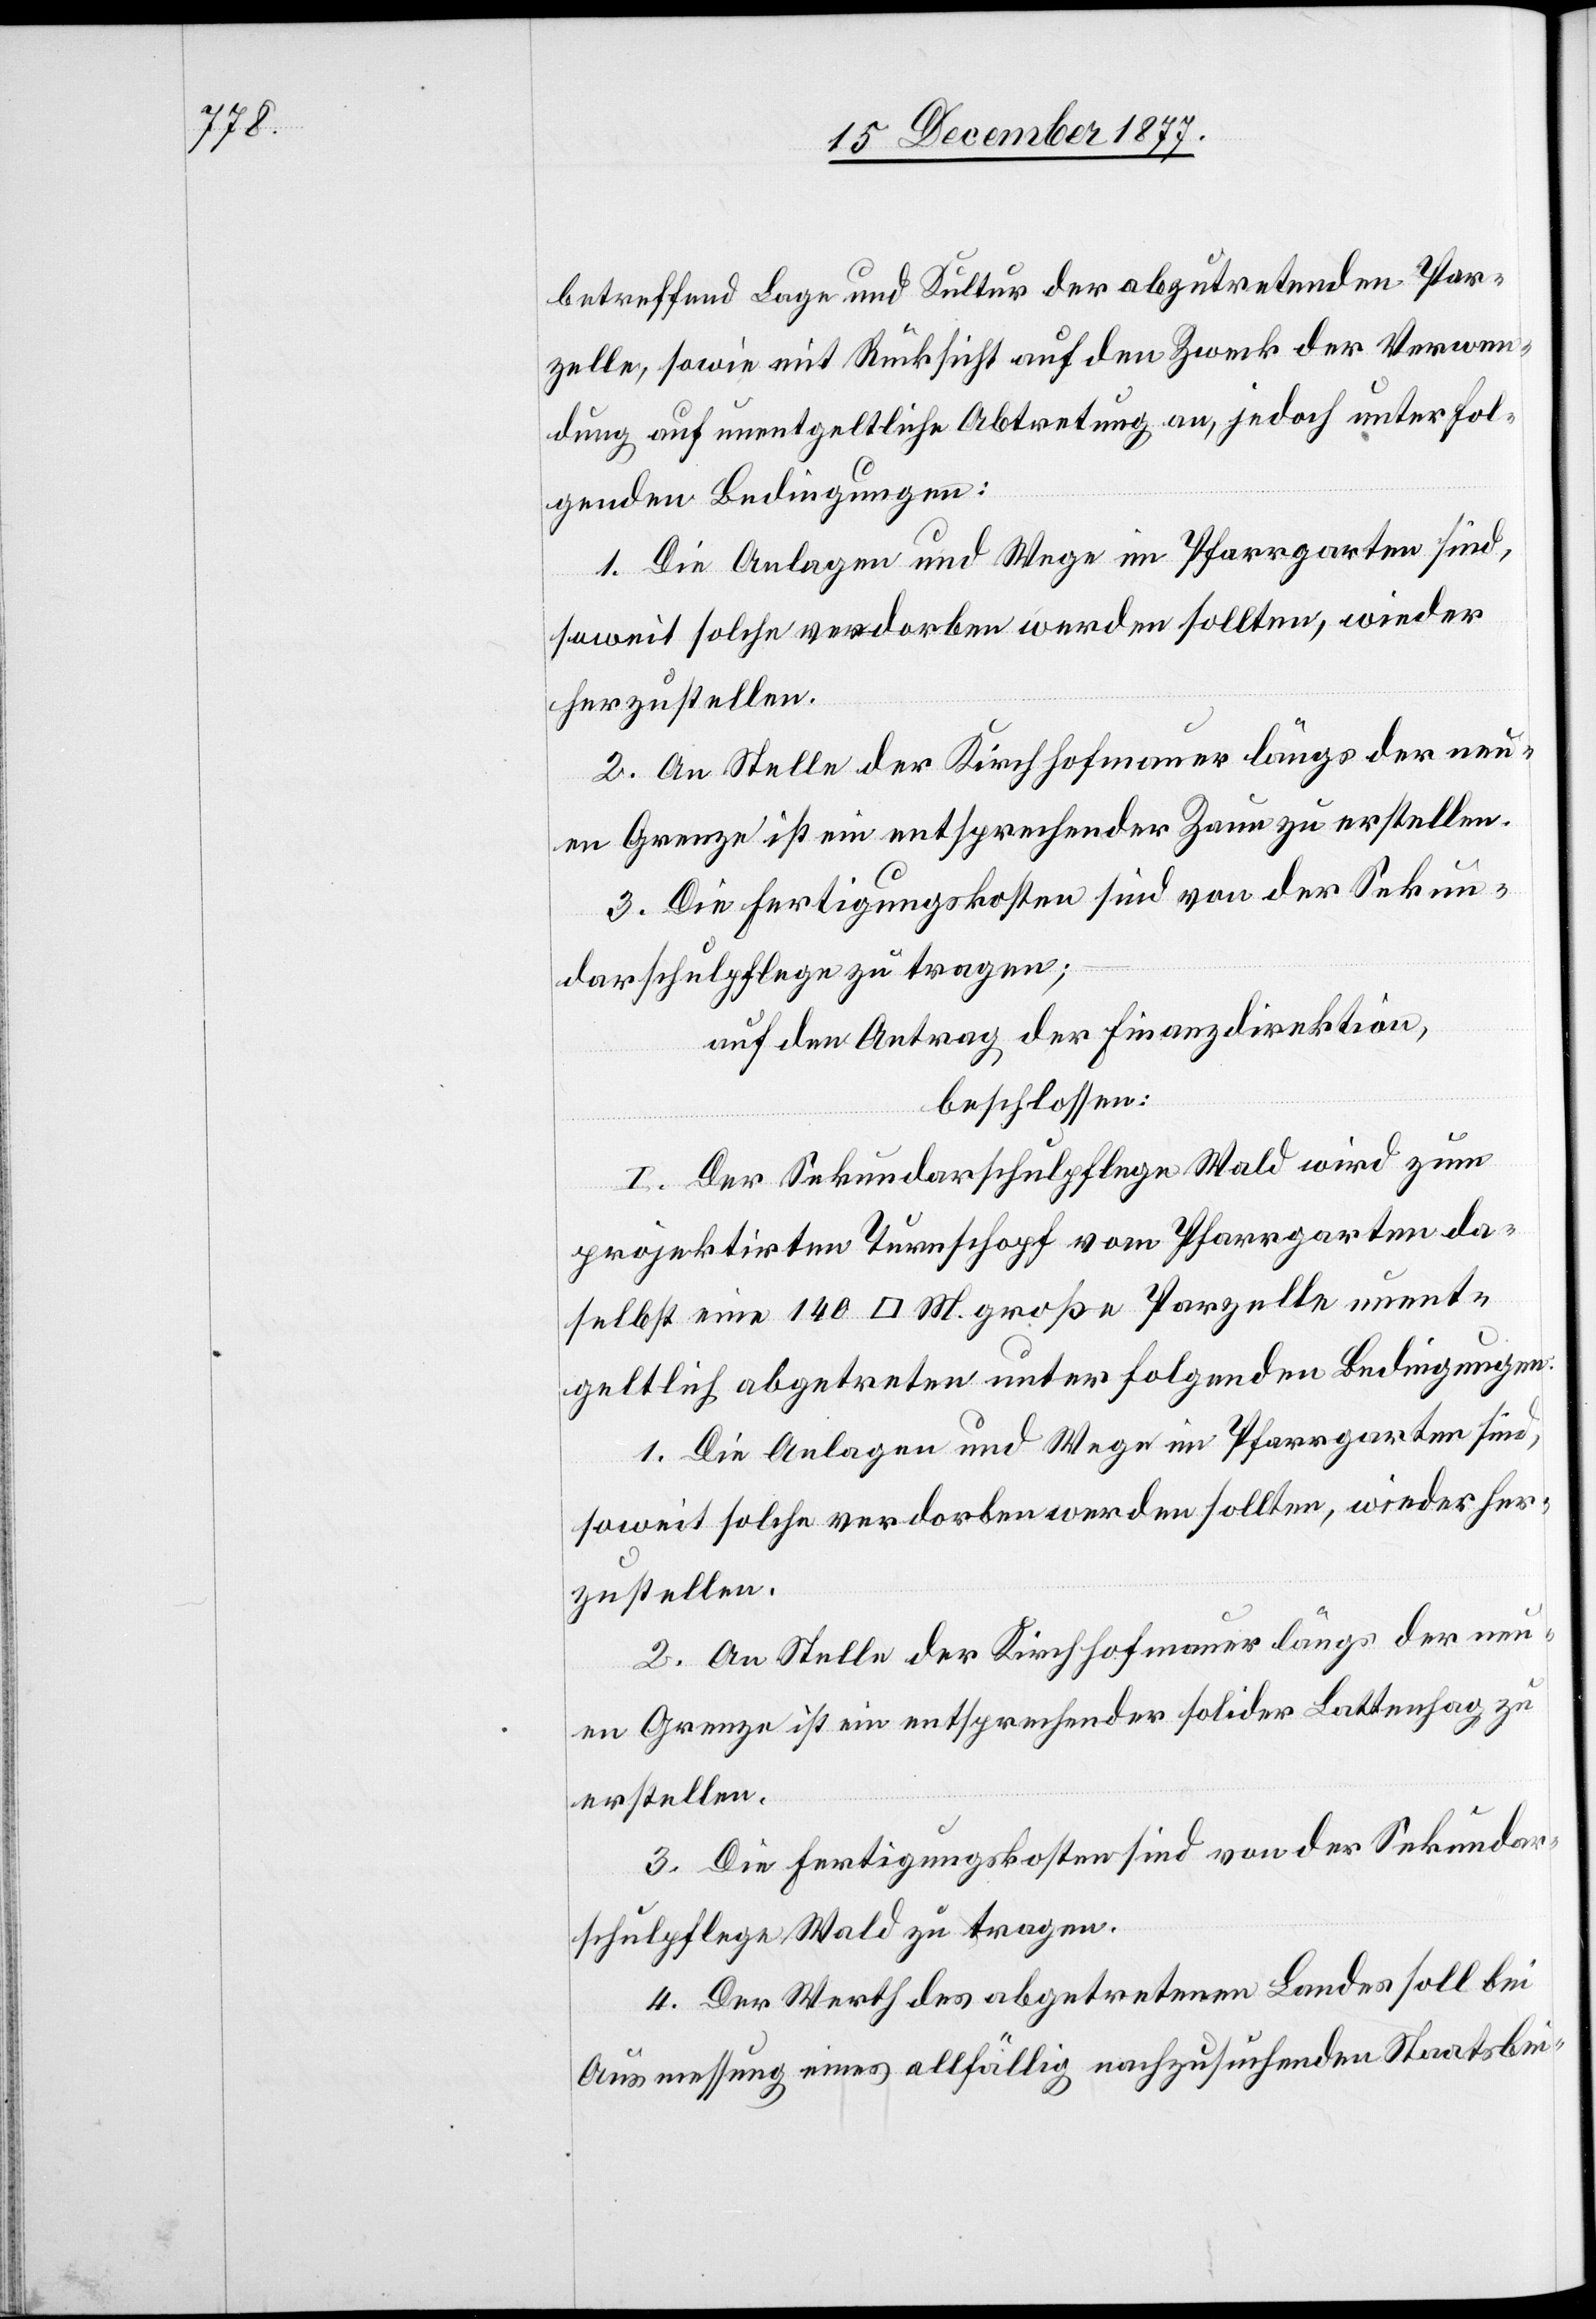
betreffend Lage und Kultur der abzutretenden Par¬
zelle, sowie mit Rücksicht auf den Zweck der Verwen¬
dung auf unentgeltliche Abtretung an, jedoch unter fol¬
genden Bedingungen:
1. Die Anlagen und Wege im Pfarrgarten sind,
soweit solche verdorben werden sollten, wieder
herzustellen.
2. An Stelle der Kirchhofmauer längs der neu¬
en Grenze ist ein entsprechender Zaun zu erstellen.
3. Die Fertigungskosten sind von der Sekun¬
darschulpflege zu tragen;
auf den Antrag der Finanzdirektion,
beschlossen:
I. Der Sekundarschulpflege Wald wird zum
projektirten Turnschopf vom Pfarrgarten da¬
selbst eine 140 [Quadrat] M. große Parzelle unent¬
geltlich abgetreten unter folgenden Bedingungen:
2. An Stelle der Kirchhofmauer längs der neu¬
en Grenze ist ein entsprechender solider Lattenhag zu
erstellen.
3. Die Fertigungskosten sind von der Sekundar¬
schulpflege Wald zu tragen.
4. Der Werth des abgetretenen Landes soll bei
Ausmessung eines allfällig nachzusuchenden Staatsbei-